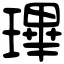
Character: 㻫